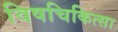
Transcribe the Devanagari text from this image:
विषचिकित्सा